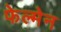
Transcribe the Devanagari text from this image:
फेल्मेन